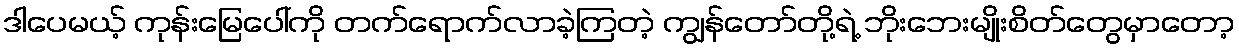
ဒါပေမယ့် ကုန်းမြေပေါ်ကို တက်ရောက်လာခဲ့ကြတဲ့ ကျွန်တော်တို့ရဲ့ ဘိုးဘေးမျိုးစိတ်တွေမှာတော့